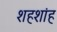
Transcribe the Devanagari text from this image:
शहशांह